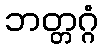
ဘတ္တဂ္ဂံ